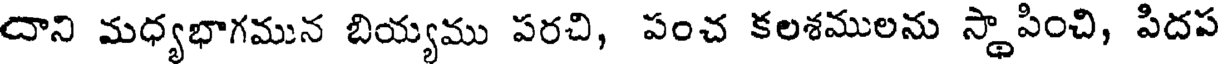
దాని మధ్యభాగమున బియ్యము పరచి, పంచ కలశములను స్థాపించి, పిదప